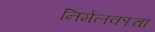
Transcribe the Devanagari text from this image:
निर्मलकाचा